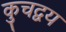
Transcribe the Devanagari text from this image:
कुचद्वय